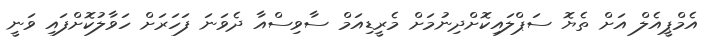
އެމްޕީއެލް އަށް ތެޔޮ ސަޕްލައިކޮށްދިނުމަށް މެރީޑިއަމް ސާވިސްއާ ދެވަނަ ފަހަރަށް ހަވާލުކޮށްފައި ވަނީ